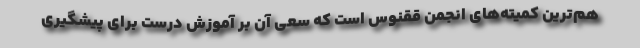
هم‌ترین کمیته‌های انجمن ققنوس است که سعی آن بر آموزش درست برای پیشگیری